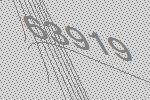
63919